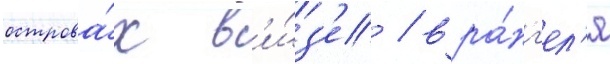
острова́х в'и́з'е / вра́нг'ел'я